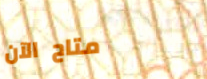
متاح الآن